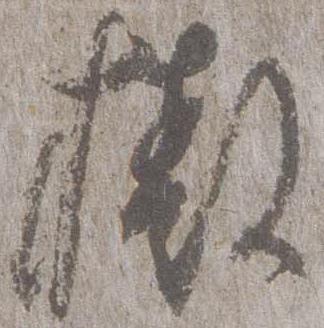
撤